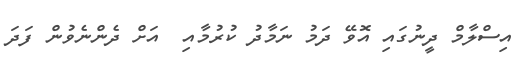
އިސްލާމް ދީނުގައި އޮވޭ ދަމު ނަމާދު ކުރުމާއި  އަށް ދެންނެވުން ފަދަ